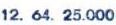
12. 64. 25.000